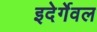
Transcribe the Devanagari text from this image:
इदेर्गेवल